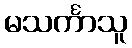
မသင်္ကာသူ